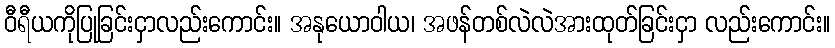
ဝီရီယကိုပြုခြင်းငှာလည်းကောင်း။ အနုယောဝါယ၊ အဖန်တစ်လဲလဲအားထုတ်ခြင်းငှာ လည်းကောင်း။